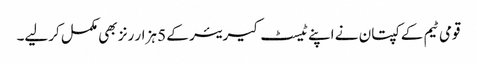
قومی ٹیم کے کپتان نے اپنے ٹیسٹ کیریئر کے 5 ہزار رنز بھی مکمل کرلیے۔